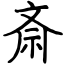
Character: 斎